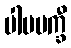
ပါပမက္ခီ